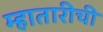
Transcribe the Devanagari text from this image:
म्हातारीची